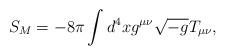
LaTeX: \begin{align*}S_M=-8\pi\int d^4xg^{\mu\nu}\sqrt{-g}T_{\mu\nu},\end{align*}